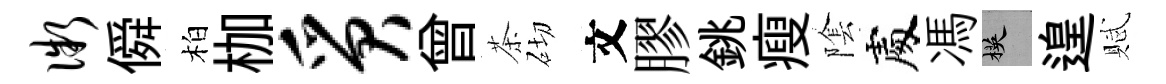
微僢柏枷质曾茶砌文膠銚瘦隂處馮楧遑賦